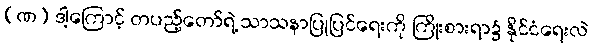
(ဏ) ဒါ့ကြောင့် တပည့်တော်ရဲ့ သာသနာပြုပြင်ရေးကို ကြိုးစားရာ၌ နိုင်ငံရေးလဲ